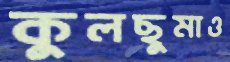
কুলছুমাও